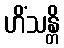
ဟိံသန္တိ